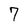
Character: 7